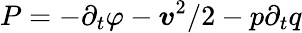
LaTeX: P=-\partial_{t}\varphi-\boldsymbol{v}^{2}/2-p\partial_{t}q